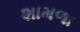
શામળા